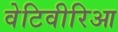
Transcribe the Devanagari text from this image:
वेटिवीरिआ